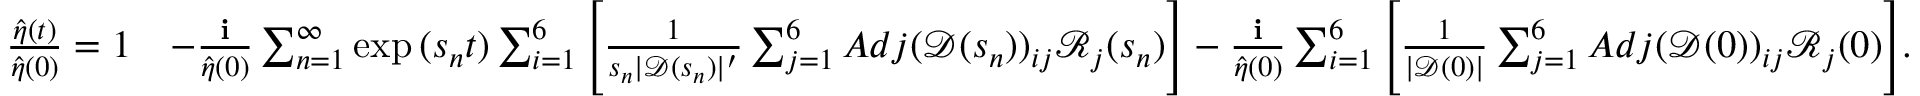
\begin{array} { r l } { \frac { \hat { \eta } ( t ) } { \hat { \eta } ( 0 ) } = 1 } & { - \frac { \textbf { i } } { \hat { \eta } ( 0 ) } \sum _ { n = 1 } ^ { \infty } \exp { ( s _ { n } t ) } \sum _ { i = 1 } ^ { 6 } \Bigg [ \frac { 1 } { s _ { n } | \mathscr { D } ( s _ { n } ) | ^ { \prime } } \sum _ { j = 1 } ^ { 6 } A d j ( \mathscr { D } ( s _ { n } ) ) _ { i j } \mathscr { R } _ { j } ( s _ { n } ) \Bigg ] - \frac { \textbf { i } } { \hat { \eta } ( 0 ) } \sum _ { i = 1 } ^ { 6 } \Bigg [ \frac { 1 } { | \mathscr { D } ( 0 ) | } \sum _ { j = 1 } ^ { 6 } A d j ( \mathscr { D } ( 0 ) ) _ { i j } \mathscr { R } _ { j } ( 0 ) \Bigg ] . } \end{array}